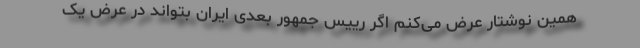
همین نوشتار عرض می‌کنم اگر رییس جمهور بعدی ایران بتواند در عرض یک